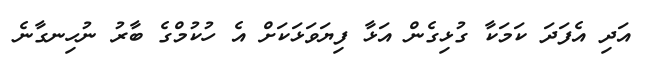
އަދި އެފަދަ ކަމަކާ ގުޅިގެން އަޅާ ފިޔަވަޅަކަށް އެ ހުކުމްގެ ބާރު ނުހިނގާނެ